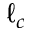
\ell _ { c }